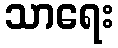
သာရေး